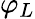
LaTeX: \varphi_{L}